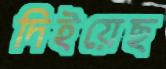
দিইয়েছ